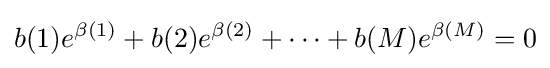
b(1)e^{\beta (1)}+b(2)e^{\beta (2)}+\cdots +b(M)e^{\beta (M)}=0